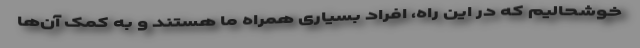
خوشحالیم که در این راه، افراد بسیاری همراه ما هستند و به کمک آن‌ها